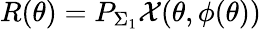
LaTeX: R(\theta)=P_{\Sigma_{1}}\mathcal{X}(\theta,\phi(\theta))